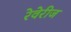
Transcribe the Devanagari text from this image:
रेवेरीज